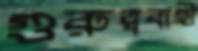
গুরুত্ববাহী